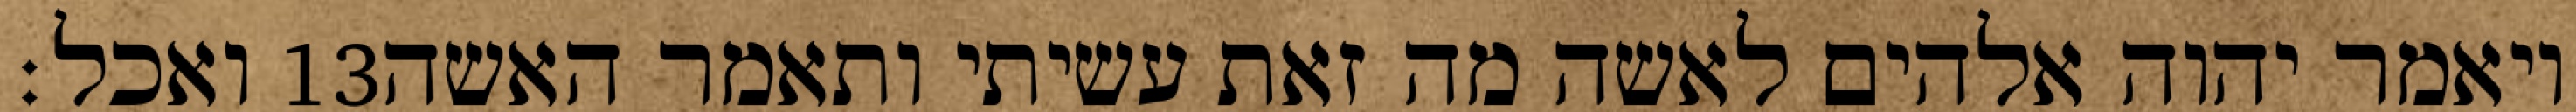
ואכל׃ ‎13‏ ויאמר יהוה אלהים לאשה מה זאת עשיתי ותאמר האשה